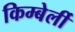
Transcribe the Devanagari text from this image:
किम्बेर्ली